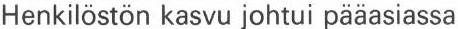
Henkilöstön kasvu johtui pääasiassa